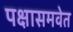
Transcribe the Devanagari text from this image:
पक्षासमवेत